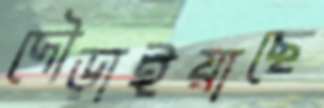
দৌড়াইয়াছে